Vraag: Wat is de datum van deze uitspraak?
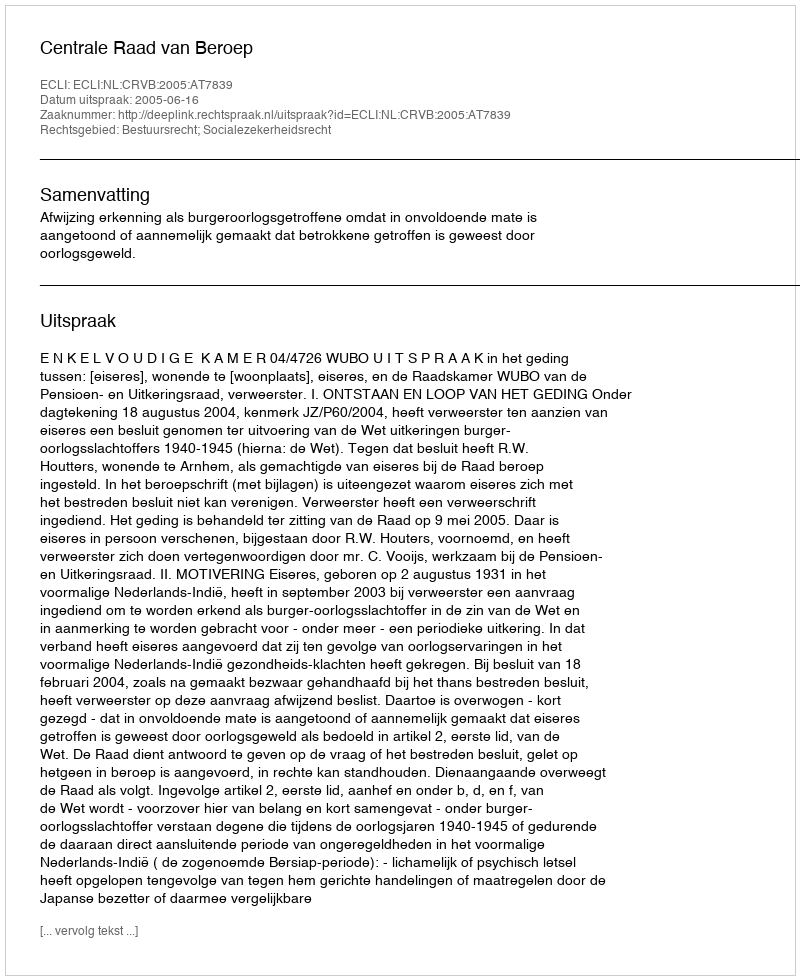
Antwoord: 2005-06-16